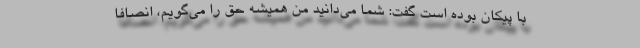
با پیکان بوده است گفت: شما می‌دانید من همیشه حق را می‌گویم، انصافا